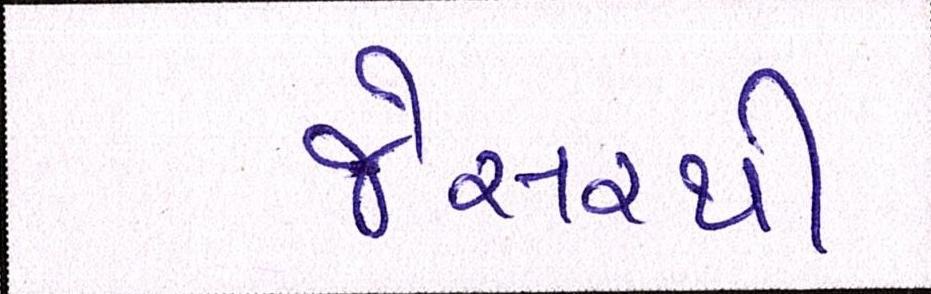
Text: જેસરથી